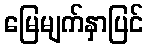
မြေမျက်နှာပြင်